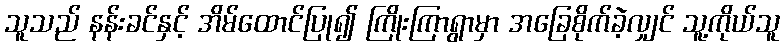
သူသည် နန်းခင်နှင့် အိမ်ထောင်ပြု၍ ကြိုးကြာရွာမှာ အခြေစိုက်ခဲ့လျှင် သူ့ကိုယ်သူ